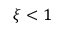
\xi < 1